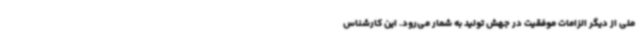
ملی از دیگر الزامات موفقیت در جهش تولید به شمار می‌رود. این کارشناس